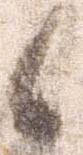
候